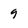
Character: 9